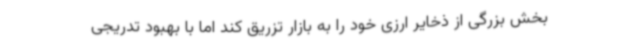
بخش بزرگی از ذخایر ارزی خود را به بازار تزریق کند اما با بهبود تدریجی